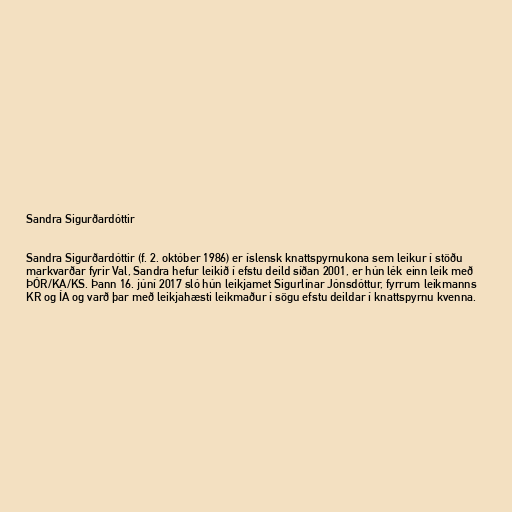
Sandra Sigurðardóttir

Sandra Sigurðardóttir (f. 2. október 1986) er íslensk knattspyrnukona sem leikur í stöðu
markvarðar fyrir Val, Sandra hefur leikið í efstu deild síðan 2001, er hún lék einn leik með
ÞÓR/KA/KS. Þann 16. júní 2017 sló hún leikjamet Sigurlínar Jónsdóttur, fyrrum leikmanns
KR og ÍA og varð þar með leikjahæsti leikmaður í sögu efstu deildar í knattspyrnu kvenna.